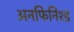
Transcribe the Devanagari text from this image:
अनफिनिश्ड